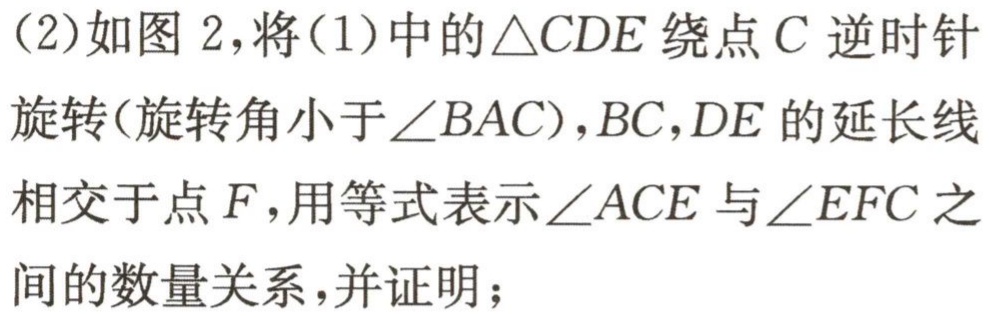
（2）如图 2，将（1）中的$\triangle CDE$绕点$C$逆时针
旋转（旋转角小于$\angle BAC$），$BC,DE$的延长线
相交于点$F$，用等式表示$\angle ACE$与$\angle EFC$之
间的数量关系，并证明；